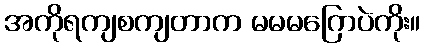
အကိုရကျစကျတာက မမမဂြောပဲကိုး။